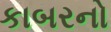
કાબરનો